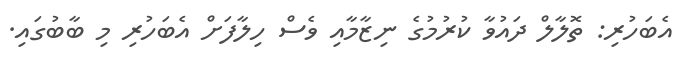
އެބަހުރި: ތޮލާލް ދައުވާ ކުރުމުގެ ނިޒާމާއި ވެސް ހިލާފަށް އެބަހުރި މި ބާބުގައި.